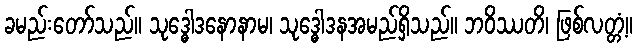
ခမည်းတော်သည်။ သုဒ္ဓေါဒနောနာမ၊ သုဒ္ဓေါဒနအမည်ရှိသည်။ ဘဝိဿတိ၊ ဖြစ်လတ္တံ့။